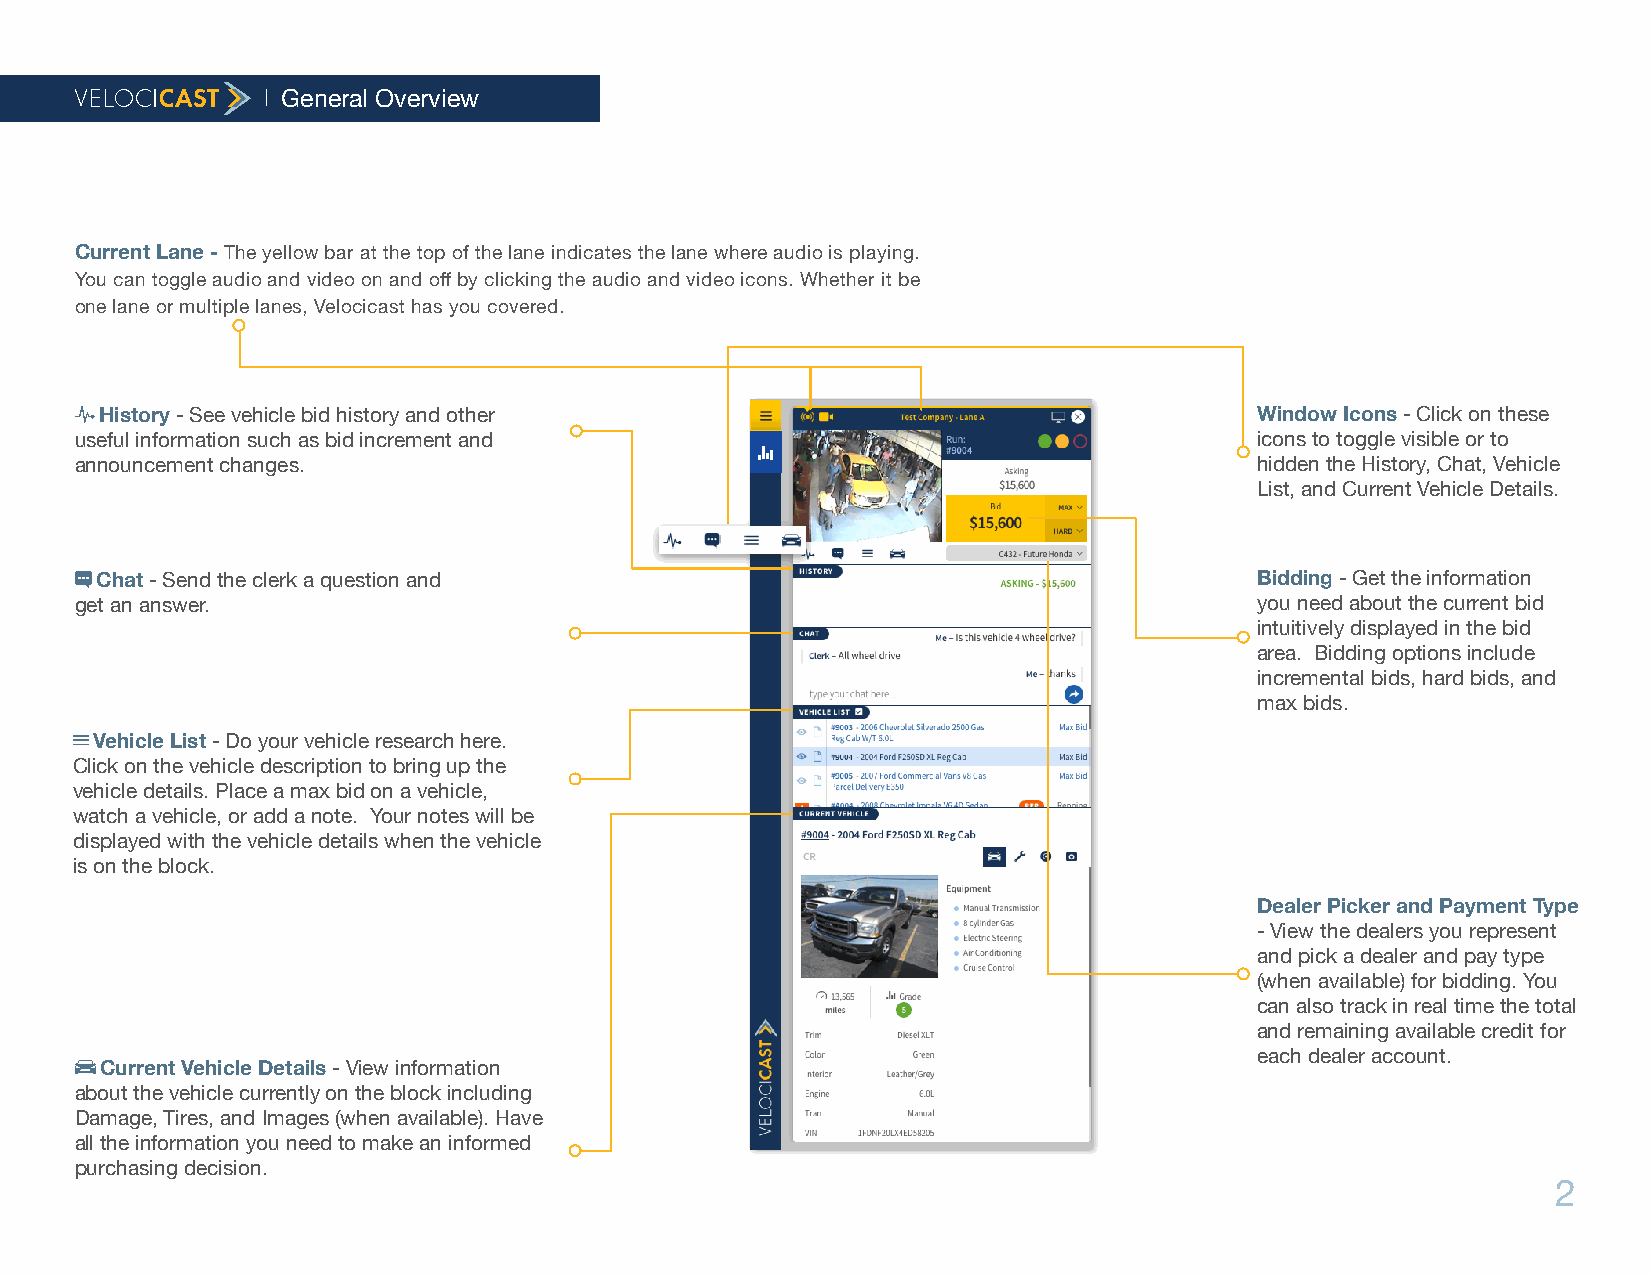
General Overview
 Current Lane - The yellow bar at the top of the lane indicates the lane where audio is playing.
 You can toggle audio and video on and off by clicking the audio and video icons. Whether it be
 one lane or multiple lanes, Velocicast has you covered.
  History - See vehicle bid history and other                                 Window Icons - Click on these
 useful information such as bid increment and                                  icons to toggle visible or to
 announcement changes.                                                         hidden the History, Chat, Vehicle
 List, and Current Vehicle Details.
  Chat - Send the clerk a question and                                        Bidding - Get the information
 get an answer.                                                                you need about the current bid
 intuitively displayed in the bid
 area. Bidding options include
 incremental bids, hard bids, and
 max bids.
 
 Vehicle List - Do your vehicle research here.
 Click on the vehicle description to bring up the
 vehicle details. Place a max bid on a vehicle,
 watch a vehicle, or add a note. Your notes will be
 displayed with the vehicle details when the vehicle
 is on the block.
 Dealer Picker and Payment Type
 - View the dealers you represent
 and pick a dealer and pay type
 (when available) for bidding. You
 can also track in real time the total
 and remaining available credit for
 
 Current Vehicle Details - View information
 each dealer account.
 about the vehicle currently on the block including
 Damage, Tires, and Images (when available). Have
 all the information you need to make an informed
 purchasing decision.
 2